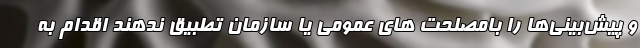
و پیش‌بینی‌ها را بامصلحت­ های عمومی یا سازمان تطبیق ندهند اقدام به